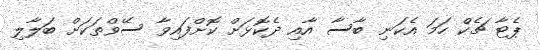
ޕެޓާ ޗެކް ހަމަ އެކަނި ބާސާ އާއި ދެކޮޅަށް ކޮށްފައިވާ ސޭވްތަކަށް ބަލާލި